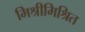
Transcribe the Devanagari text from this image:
मिश्रीमिश्रित